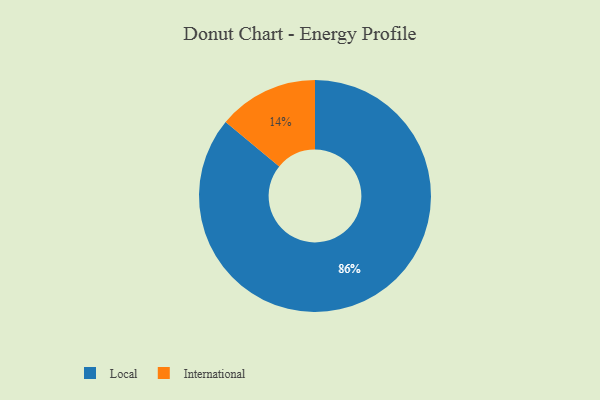
{"axis": {"x": "Category", "y": "Percentage"}, "legend": ["International", "Local"], "data": [{"x": "International", "y": 14, "type": "International"}, {"x": "Local", "y": 86, "type": "Local"}]}